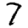
Digit: 7